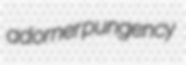
adorner pungency